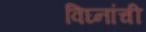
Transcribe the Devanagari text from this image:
विघ्नांची